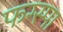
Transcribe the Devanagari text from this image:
फग्स्पा